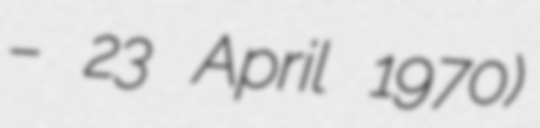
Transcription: – 23 April 1970)